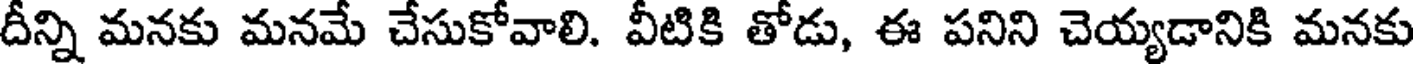
దీన్ని మనకు మనమే చేసుకోవాలి. వీటికి తోడు, ఈ పనిని చెయ్యడానికి మనకు